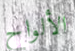
الألواح